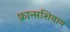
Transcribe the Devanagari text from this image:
फ्रान्सशिवाय